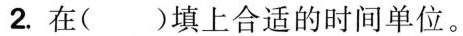
2.在()填上合适的时间单位。